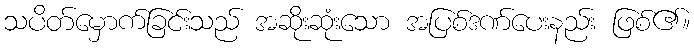
သပိတ်မှောက်ခြင်းသည် အဆိုးဆုံးသော အပြစ်ဒဏ်ပေးနည်း ဖြစ်၏။